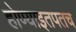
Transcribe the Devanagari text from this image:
होण्याइतपतच